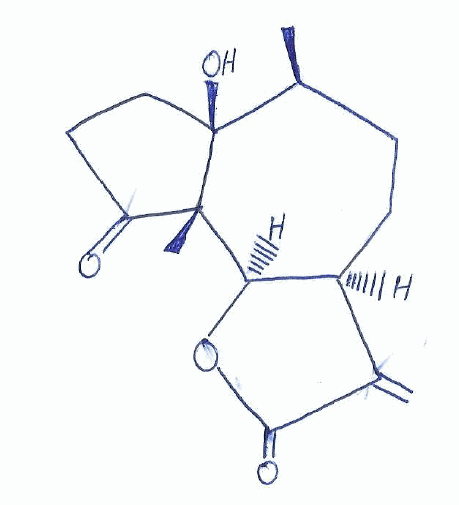
Simplified molecular-input line-entry system (SMILES) notation of the given molecule:
C[C@H]1CC[C@@H]2[C@H]([C@]3([C@@]1(CCC3=O)O)C)OC(=O)C2=C